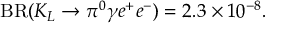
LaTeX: \mathrm { B R } ( K _ { L } \rightarrow \pi ^ { 0 } \gamma e ^ { + } e ^ { - } ) = 2 . 3 \times 1 0 ^ { - 8 } .